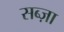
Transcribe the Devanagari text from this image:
सब्ज़ा